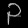
Digit: ၃